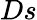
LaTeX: Ds